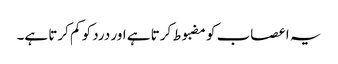
یہ اعصاب کو مضبوط کرتا ہے اور درد کو کم کرتا ہے۔